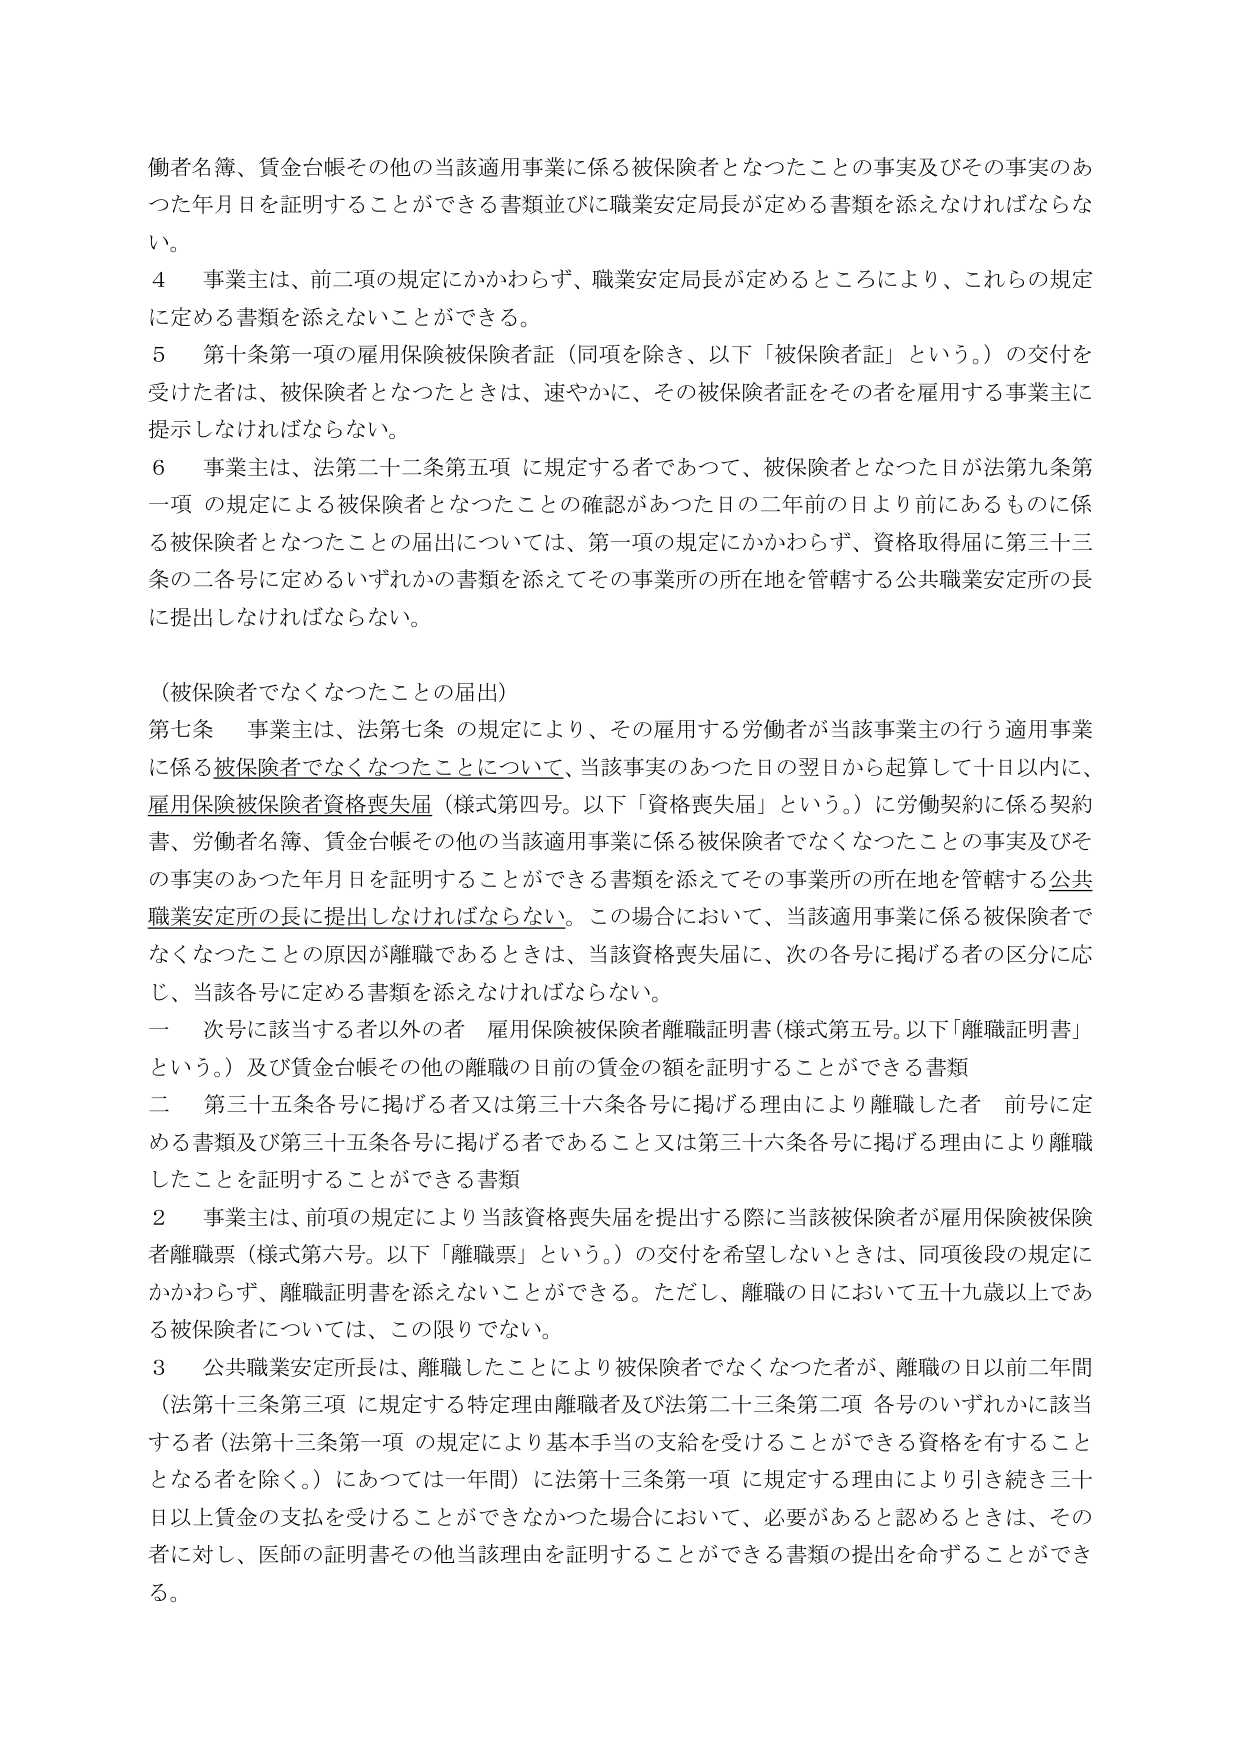
働者名簿、賃金台帳その他の当該適用事業に係る被保険者となったことの事実及びその事実のあった年月日を証明することができる書類並びに職業安定局長が定める書類を添えなければならない。

４ 事業主は、前二項の規定にかかわらず、職業安定局長が定めるところにより、これらの規定に定める書類を添えないことができる。

５ 第十条第一項の雇用保険被保険者証（同項を除き、以下「被保険者証」という。）の交付を受けた者は、被保険者となったときは、速やかに、その被保険者証をその者を雇用する事業主に提示しなければならない。

６ 事業主は、法第二十二条第五項に規定する者であって、被保険者となった日が法第九条第一項の規定による被保険者となったことの確認があった日の二年前の日より前にあるものに係る被保険者となったことの届出については、第一項の規定にかかわらず、資格取得届に第三十三条の二各号に定めるいずれかの書類を添えてその事業所の所在地を管轄する公共職業安定所の長に提出しなければならない。

（被保険者でなくなったことの届出）

第七条 事業主は、法第七条の規定により、その雇用する労働者が当該事業主の行う適用事業に係る被保険者でなくなったことについて、当該事実のあった日の翌日から起算して十日以内に、雇用保険被保険者資格喪失届（様式第四号。以下「資格喪失届」という。）に労働契約に係る契約書、労働者名簿、賃金台帳その他の当該適用事業に係る被保険者でなくなったことの事実及びその事実のあった年月日を証明することができる書類を添えてその事業所の所在地を管轄する公共職業安定所の長に提出しなければならない。この場合において、当該適用事業に係る被保険者でなくなったことの原因が離職であるときは、当該資格喪失届に、次の各号に掲げる者の区分に応じ、当該各号に定める書類を添えなければならない。

一 次号に該当する者以外の者 雇用保険被保険者離職証明書（様式第五号。以下「離職証明書」という。）及び賃金台帳その他の離職の日前の賃金の額を証明することができる書類

二 第三十五条各号に掲げる者又は第三十六条各号に掲げる理由により離職した者 前号に定める書類及び第三十五条各号に掲げる者であること又は第三十六条各号に掲げる理由により離職したことを証明することができる書類

２ 事業主は、前項の規定により当該資格喪失届を提出する際に当該被保険者が雇用保険被保険者離職票（様式第六号。以下「離職票」という。）の交付を希望しないときは、同項後段の規定にかかわらず、離職証明書を添えないことができる。ただし、離職の日において五十九歳以上である被保険者については、この限りでない。

３ 公共職業安定所長は、離職したことにより被保険者でなくなった者が、離職の日以前二年間（法第十三条第三項に規定する特定理由離職者及び法第二十三条第二項各号のいずれかに該当する者（法第十三条第一項の規定により基本手当の支給を受けることができる資格を有することとなる者を除く。）にあっては一年間）に法第十三条第一項に規定する理由により引き続き三十日以上賃金の支払を受けることができなかった場合において、必要があると認めるときは、その者に対し、医師の証明書その他当該理由を証明することができる書類の提出を命ずることができる。